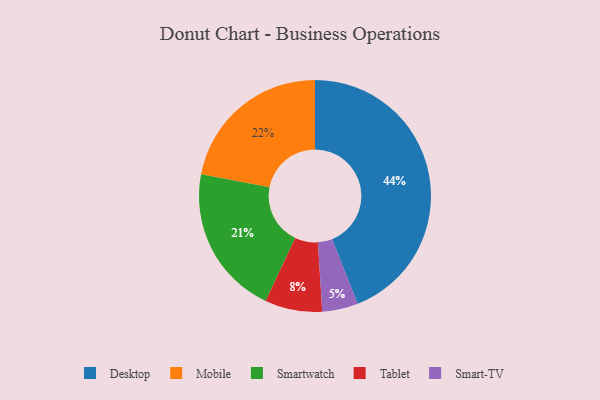
{"axis": {"x": "Category", "y": "Percentage"}, "legend": ["Desktop", "Mobile", "Smart-TV", "Smartwatch", "Tablet"], "data": [{"x": "Mobile", "y": 22, "type": "Mobile"}, {"x": "Tablet", "y": 8, "type": "Tablet"}, {"x": "Smartwatch", "y": 21, "type": "Smartwatch"}, {"x": "Desktop", "y": 44, "type": "Desktop"}, {"x": "Smart-TV", "y": 5, "type": "Smart-TV"}]}